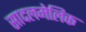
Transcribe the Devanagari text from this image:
सादलमेलिक